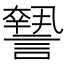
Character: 𧬓